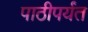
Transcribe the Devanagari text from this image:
पाठीपर्यंत